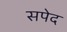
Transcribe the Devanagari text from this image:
सपेद